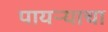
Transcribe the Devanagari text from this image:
पायऱ्याचा